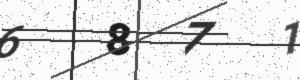
Text: 6871